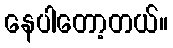
နေပါတော့တယ်။